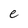
Character: e